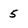
Character: 5